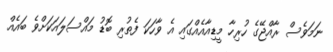
ނަމަވެސް ރާއްޖޭގެ ހުރިހާ މީޑިއާއެއްގައި އެ ވާހަކަ ފެތުރި ބޮޑު މައްސަލައަކަށްވެ ބައެއް